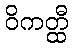
ဝိကတ္ထီ